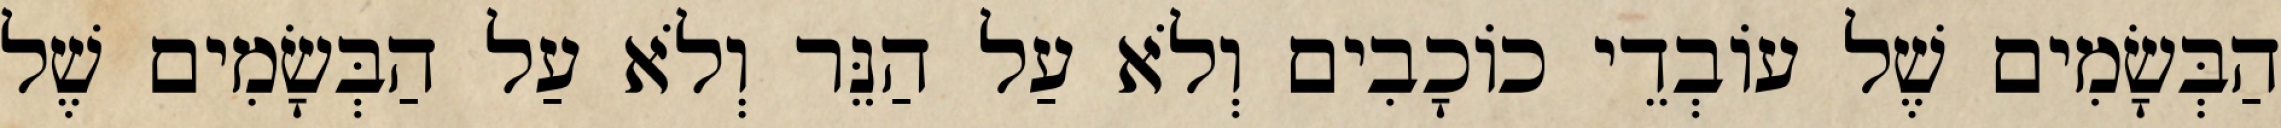
הַבְּשָׂמִים שֶׁל עוֹבְדֵי כוֹכָבִים וְלֹא עַל הַנֵּר וְלֹא עַל הַבְּשָׂמִים שֶׁל